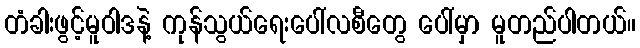
တံခါးဖွင့်မူဝါဒနဲ့ ကုန်သွယ်ရေးပေါ်လစီတွေ ပေါ်မှာ မူတည်ပါတယ်။